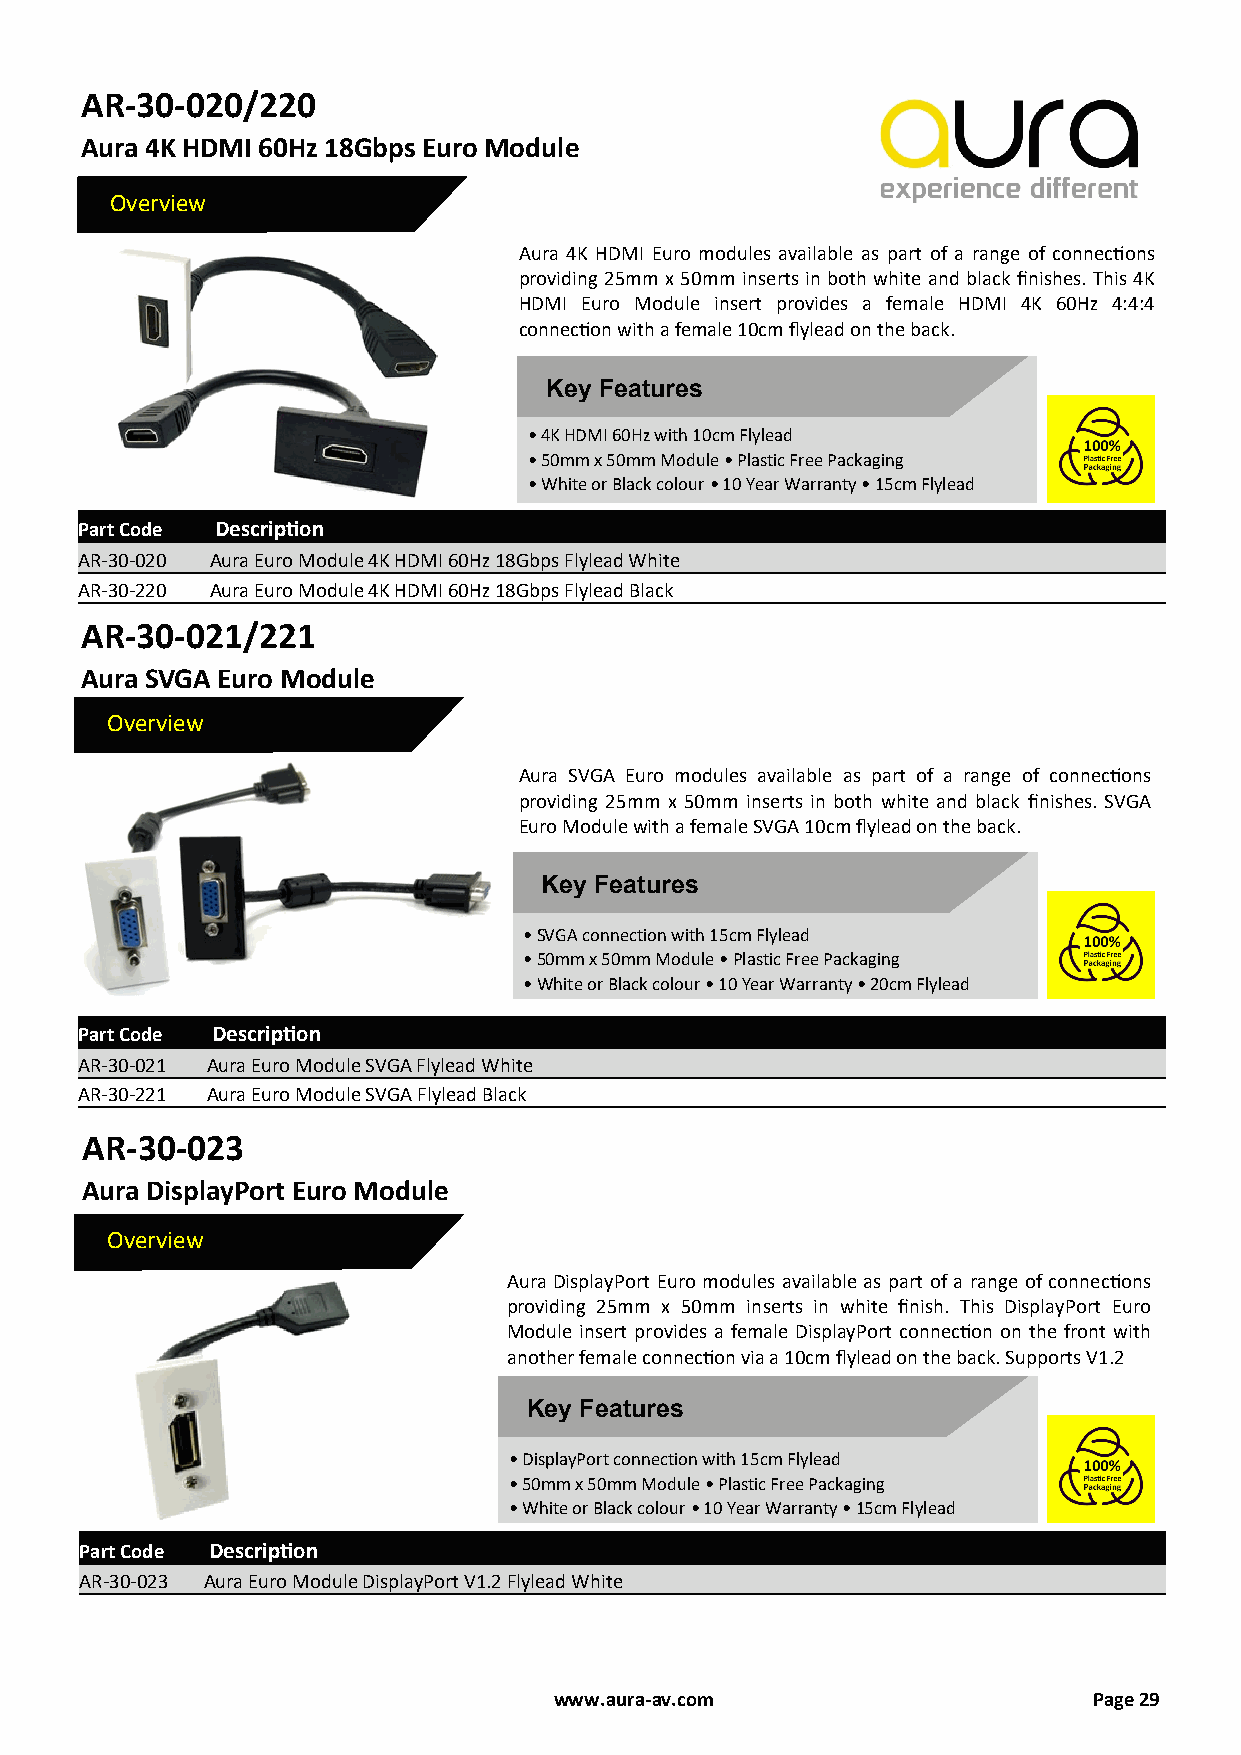
AR-30-020/220
 Aura 4K HDMI 60Hz 18Gbps Euro Module
 Overview
 Aura 4K HDMI Euro modules available as part of a range of connections
 providing 25mm x 50mm inserts in both white and black finishes. This 4K
 HDMI Euro Module insert provides a female HDMI 4K 60Hz 4:4:4
 connection with a female 10cm flylead on the back.
 Key Features
 • 4K HDMI 60Hz with 10cm Flylead
 • 50mm x 50mm Module • Plastic Free Packaging
 • White or Black colour • 10 Year Warranty • 15cm Flylead
 Part Code Description
 AR-30-020 Aura Euro Module 4K HDMI 60Hz 18Gbps Flylead White
 AR-30-220 Aura Euro Module 4K HDMI 60Hz 18Gbps Flylead Black
 AR-30-021/221
 Aura SVGA Euro Module
 Overview
 Aura SVGA Euro modules available as part of a range of connections
 providing 25mm x 50mm inserts in both white and black finishes. SVGA
 Euro Module with a female SVGA 10cm flylead on the back.
 Key Features
 • SVGA connection with 15cm Flylead
 • 50mm x 50mm Module • Plastic Free Packaging
 • White or Black colour • 10 Year Warranty • 20cm Flylead
 Part Code Description
 AR-30-021 Aura Euro Module SVGA Flylead White
 AR-30-221 Aura Euro Module SVGA Flylead Black
 AR-30-023
 Aura DisplayPort Euro Module
 Overview
 Aura DisplayPort Euro modules available as part of a range of connections
 providing 25mm x 50mm inserts in white finish. This DisplayPort Euro
 Module insert provides a female DisplayPort connection on the front with
 another female connection via a 10cm flylead on the back. Supports V1.2
 Key Features
 • DisplayPort connection with 15cm Flylead
 • 50mm x 50mm Module • Plastic Free Packaging
 • White or Black colour • 10 Year Warranty • 15cm Flylead
 Part Code Description
 AR-30-023 Aura Euro Module DisplayPort V1.2 Flylead White
 www.aura-av.com                    Page 29